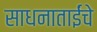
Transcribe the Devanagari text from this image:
साधनाताईंचे